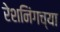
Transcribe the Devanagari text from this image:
रेशनिंगच्या